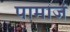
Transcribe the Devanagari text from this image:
पामाजं